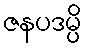
ဇနပဒမ္ပိ